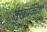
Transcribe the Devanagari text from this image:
सुखप्रकाश